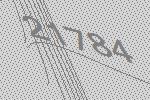
21784